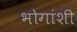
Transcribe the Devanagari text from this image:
भोगांशी